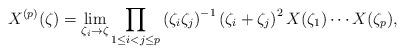
LaTeX: \begin{align*}X^{(p)}(\zeta)=\lim_{\zeta_{i}\to \zeta}\prod_{1\leq i<j\leq p}\left(\zeta_i\zeta_j\right)^{-1}\left(\zeta_i+\zeta_j\right)^{2}X(\zeta_1)\cdots X(\zeta_p),\end{align*}